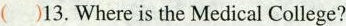
()13. Where is the Medical College?